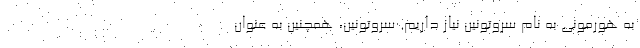
به هورمونی به نام سروتونین نیاز داریم. سروتونین، همچنین به عنوان